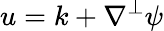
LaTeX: u=k+\nabla^{\perp}\psi